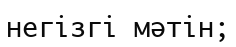
негізгі мәтін;